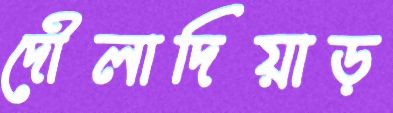
দৌলাদিয়াড়